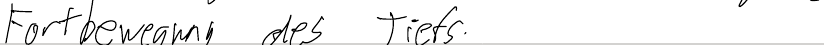
Fortbewegung des Tiefs.